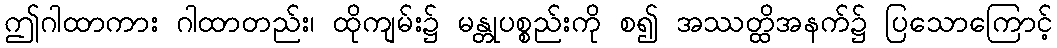
ဤဂါထာကား ဂါထာတည်း၊ ထိုကျမ်း၌ မန္တုပစ္စည်းကို စ၍ အဿတ္ထိအနက်၌ ပြသောကြောင့်